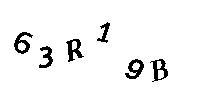
63R19B